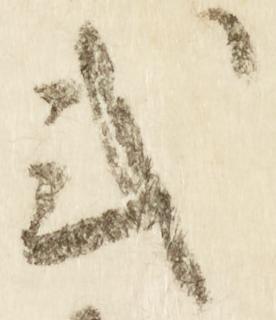
式